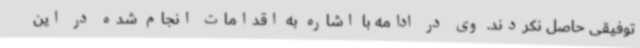
توفیقی حاصل نکردند. وی در ادامه با اشاره به اقدامات انجام شده در این